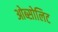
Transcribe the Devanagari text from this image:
ओब्सोलिट